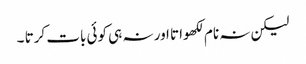
لیکن نہ نام لکھواتا اور نہ ہی کوئی بات کرتا ۔